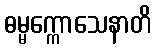
ဓမ္မက္ကောသေနာတိ